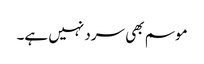
موسم بھی سرد نہیں ہے۔